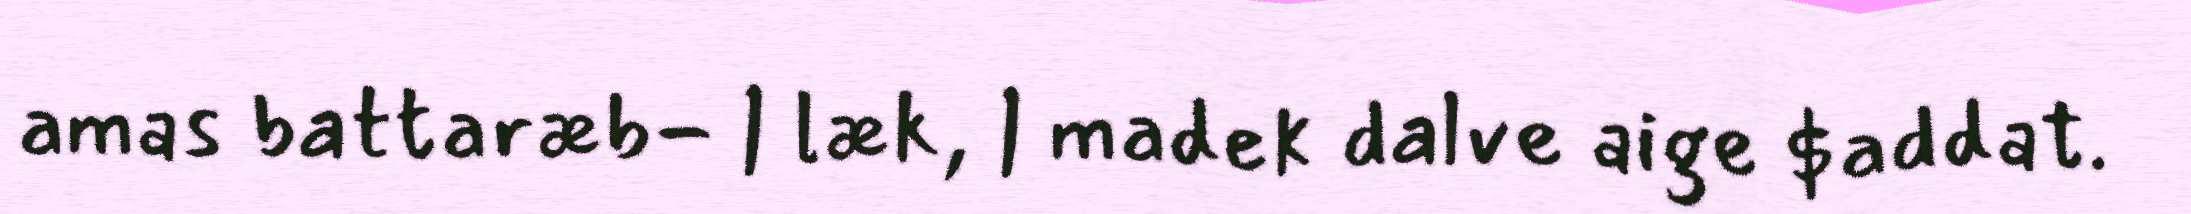
amas battaræb- | læk, | madek dalve aige $addat.